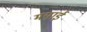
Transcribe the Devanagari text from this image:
मयाई